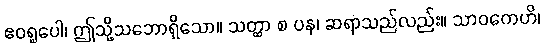
ဧဝရူပေါ၊ ဤသို့သဘောရှိသော။ သတ္ထာ စ ပန၊ ဆရာသည်လည်း။ သာဝကေဟိ၊